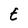
Character: E